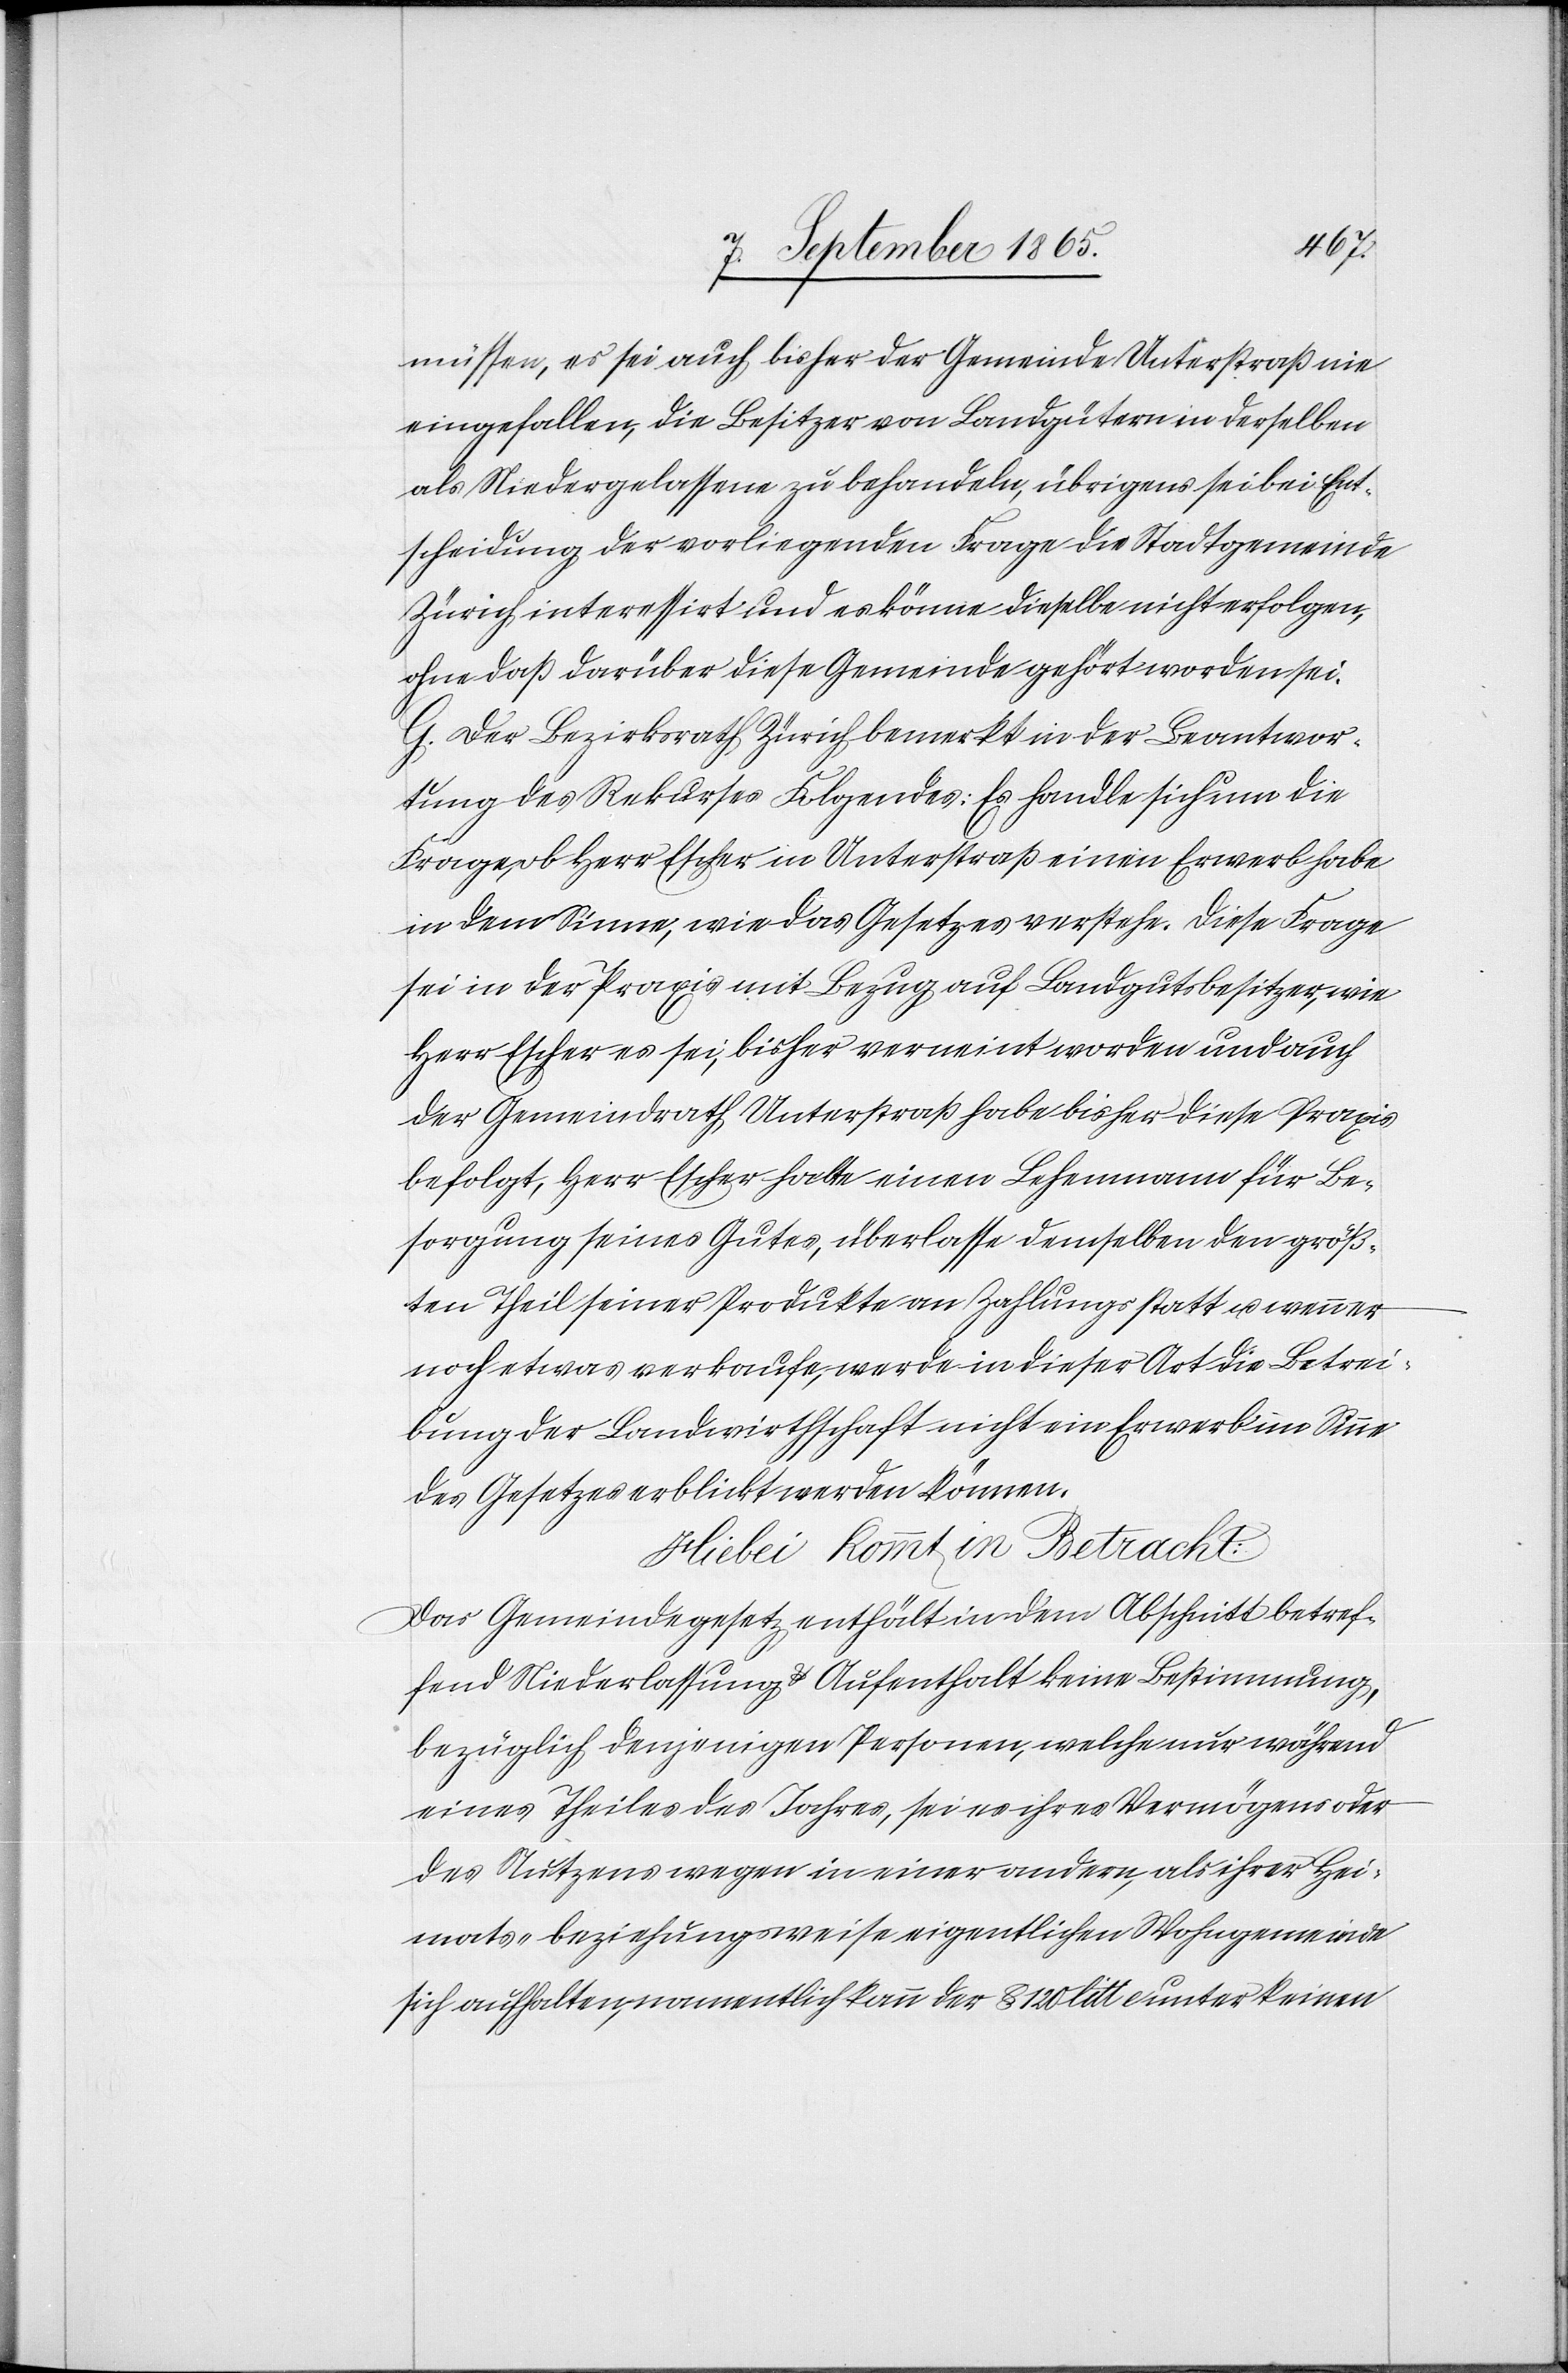
müssen, es sei auch bisher der Gemeinde Unterstraß nie
eingefallen, die Besitzer von Landgütern in derselben
als Niedergelassene zu behandeln, übrigens sei bei Ent¬
scheidung der vorliegenden Frage die Stadtgemeinde
Zürich interessirt und es könne dieselbe nicht erfolgen,
ohne daß darüber diese Gemeinde gehört worden sei.
G. Der Bezirksrath Zürich bemerkt in der Beantwor¬
tung des Rekurses Folgendes: Es handle sich um die
Frage, ob Herr Escher in Unterstraß einen Erwerb habe
in dem Sinne, wie das Gesetz es verstehe. Diese Frage
sei in der Praxis mit Bezug auf Landgutsbesitzer, wie
Herr Escher es sei, bisher verneint worden und auch
der Gemeindrath Unterstraß habe bisher diese Praxis
befolgt, Herr Escher halte einen Lehemann für Be¬
sorgung seines Gutes, überlasse demselben den größ¬
ten Theil seiner Produkte an Zahlungsstatt u. wenn er
noch etwas verkaufe, werde in dieser Art die Betrei¬
bung der Landwirthschaft nicht ein Erwerb im Sinne
des Gesetzes erblickt werden können.
Hiebei kommt in Betracht:
Das Gemeindegesetz enthält in dem Abschnitt betref¬
fend Niederlassung u. Aufenthalt keine Bestimmung,
bezüglich denjenigen Personen, welche nur während
eines Theiles des Jahres, sei es ihres Vermögens oder
des Nutzens wegen in einer andern, als ihrer Hei¬
mats- beziehungsweise eigentlichen Wohngemeinde
sich aufhalten, namentlich kann der § 120 litt e unter keinen